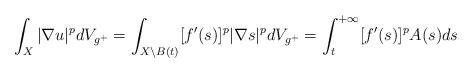
LaTeX: \begin{align*} \int_X|\nabla u|^pdV_{g^+}=\int_{X\setminus B(t)}[f'(s)]^p|\nabla s|^pdV_{g^+}=\int_t^{+\infty}[f'(s)]^p A(s)ds\end{align*}